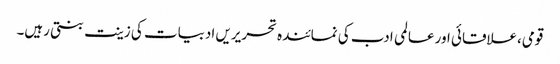
قومی،علاقائی اور عالمی ادب کی نمائندہ تحریریں ادبیات کی زینت بنتی رہیں۔